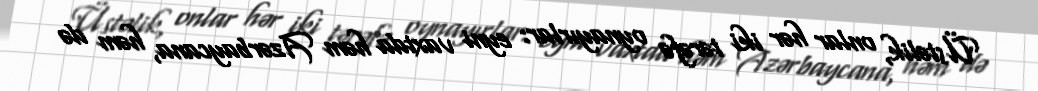
Üstəlik, onlar hər iki tərəfə oynayırlar: eyni vaxtda həm Azərbaycana, həm də